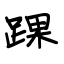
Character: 踝